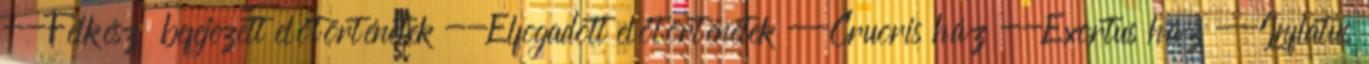
--Félkész befejezett előtörténetek --Elfogadott előtörténetek --Cruoris ház --Exortus ház --Inflatus